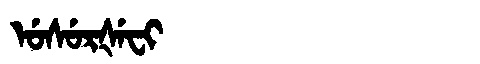
Manchu: ᡠᠰᡠᡵᡧᡝᠸᡳ
Romanization: USURŠEFI